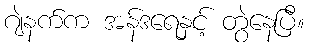
ဂျဲနက်က အန်ဒရေနှင့် တွဲနေပြီ။